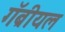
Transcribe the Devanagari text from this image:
गॅब्रीयल